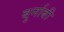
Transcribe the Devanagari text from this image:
बुर्नाबी